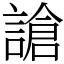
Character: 謒